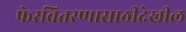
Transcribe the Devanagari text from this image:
फेरवितरणासाठीदेखील